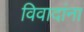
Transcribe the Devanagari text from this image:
विवादांना